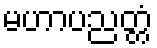
မဟာပညတ္တံ